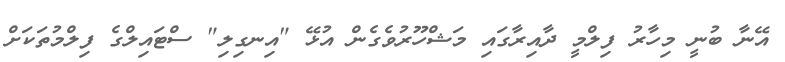
އޭނާ ބުނީ މިހާރު ފިލްމީ ދާއިރާގައި މަޝްހޫރުވެގެން އުޅޭ "އިނގިލި" ސްޓައިލްގެ ފިލްމުތަކަށް